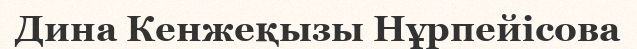
Дина Кенжеқызы Нұрпейісова